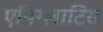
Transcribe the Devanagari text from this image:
एपिग्लाटिस